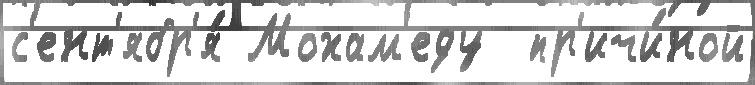
с'ент'ябр'я́ Мохам'еду  пр'ичи́ной